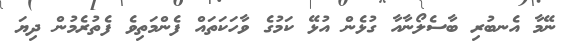
ނޭމާ އެނބުރި ބާސެލޯނާއާ ގުޅެން އުޅޭ ކަމުގެ ވާހަކަތައް ފެންމަތިވެ ފެތުރެމުން ދިޔަ